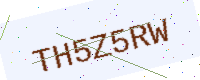
Text: TH5Z5RW